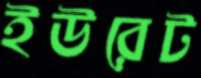
ইউরেট